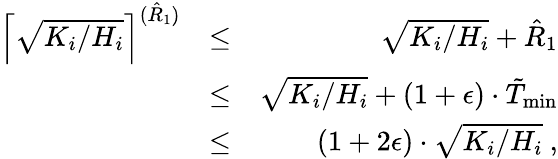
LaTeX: \begin{array}{rlr}{\left\lceil\sqrt{K_{i}/H_{i}}\right\rceil^{(\hat{R}_{1})}}&{\leq}&{\sqrt{K_{i}/H_{i}}+\hat{R}_{1}}\\ &{\leq}&{\sqrt{K_{i}/H_{i}}+(1+\epsilon)\cdot\tilde{T}_{\operatorname*{min}}}\\ &{\leq}&{(1+2\epsilon)\cdot\sqrt{K_{i}/H_{i}}\ ,}\end{array}